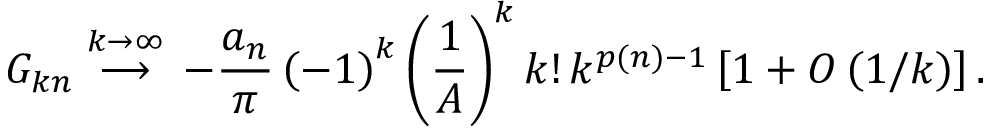
G _ { k n } \stackrel { k \rightarrow \infty } { \longrightarrow } \, - \frac { a _ { n } } { \pi } \left( - 1 \right) ^ { k } \left( \frac { 1 } { A } \right) ^ { k } k ! \, k ^ { p ( n ) - 1 } \left[ 1 + { \cal O } \left( 1 / k \right) \right] .